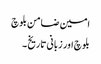
امین ضامن بلوچ
بلوچ اور زبانی تاریخ ۔